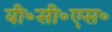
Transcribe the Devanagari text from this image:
बी॰सी॰एस॰